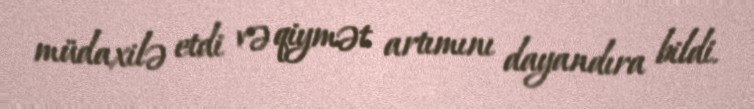
müdaxilə etdi və qiymət artımını dayandıra bildi.